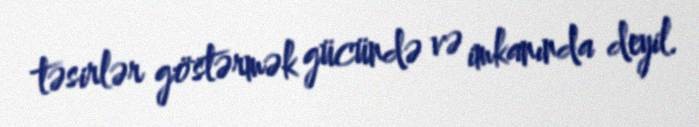
təsirlər göstərmək gücündə və imkanında deyil.